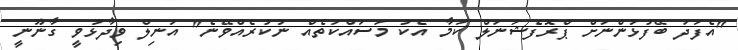
"އެފަދަ ބޭފުޅުންނަށް ޕްރޮފެޝަނަލް ކަމާ އެކު މަސައްކަތެއް ނުކުރެއްވޭނެ" އަނިލް ވިދާޅުވީ ގާނޫނީ